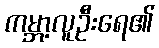
ကမ္ဘာ့လူဦးရေ၏